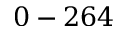
0 - 2 6 4